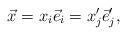
LaTeX: \begin{align*}\begin{aligned} \vec x=x_i\vec e_i=x_j'\vec e_j', \end{aligned}\end{align*}